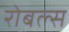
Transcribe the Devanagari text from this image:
रोबल्स